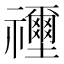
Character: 𥜦